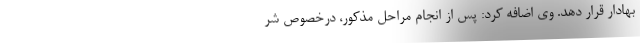
بهادار قرار دهد. وی اضافه کرد: پس از انجام مراحل مذكور، درخصوص شر